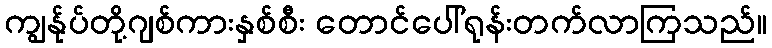
ကျွန်ုပ်တို့ဂျစ်ကားနှစ်စီး တောင်ပေါ်ရုန်းတက်လာကြသည်။